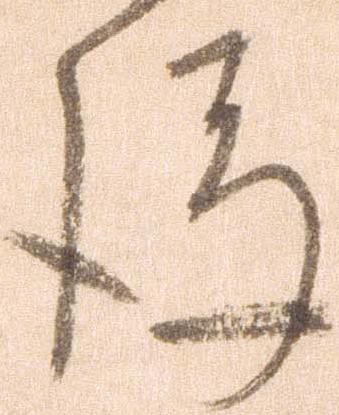
後